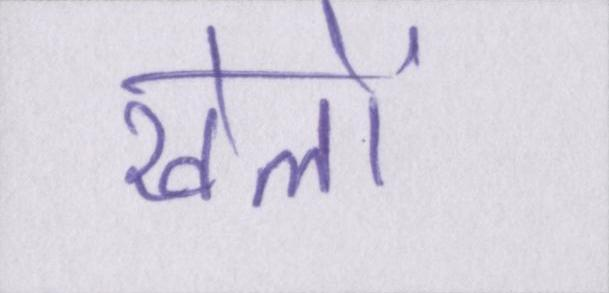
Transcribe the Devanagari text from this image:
खेलों